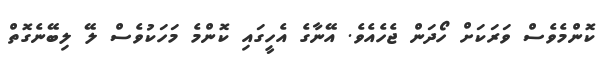
ކޮންމެވެސް ވަރަކަށް ހޯދަން ޖެހެއެވެ. އޭނާގެ އެހީގައި ކޮންމެ މަހަކުވެސް ލޭ ލިބޭނެގޮތް